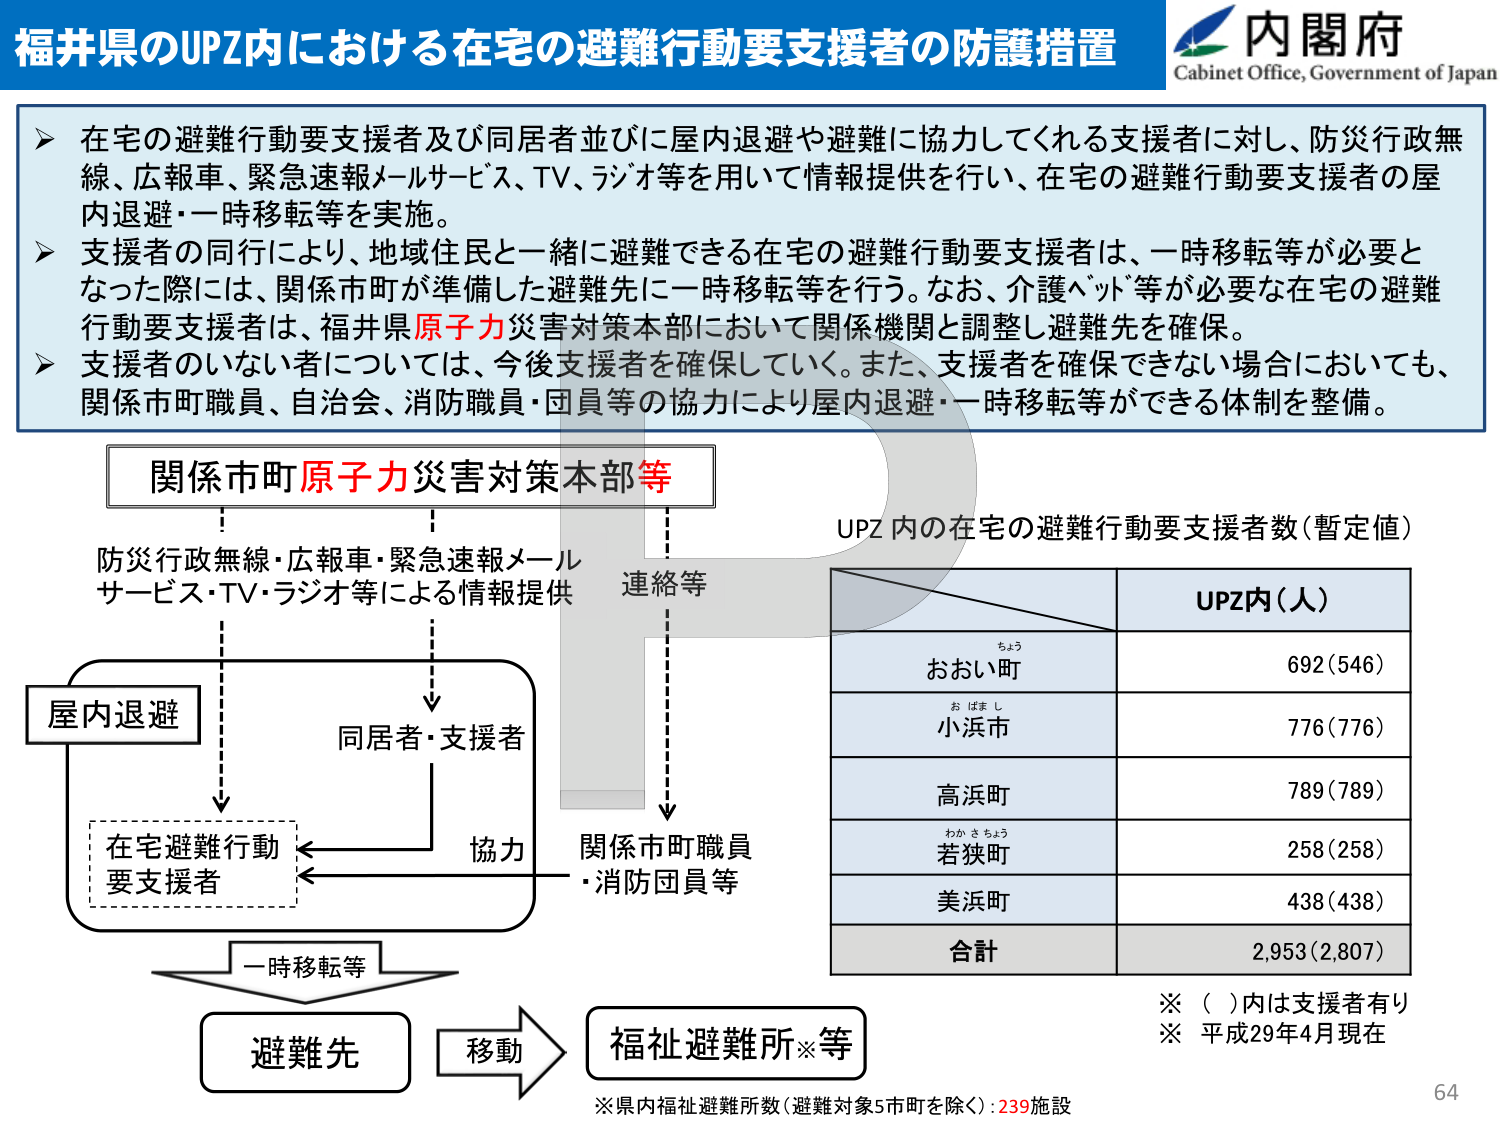
福井県のUPZ内における在宅の避難行動要支援者の防護措置

内閣府
Cabinet Office, Government of Japan

➤ 在宅の避難行動要支援者及び同居者並びに屋内退避や避難に協力してくれる支援者に対し、防災行政無線、広報車、緊急速報メールサービス、TV、ラジオ等を用いて情報提供を行い、在宅の避難行動要支援者の屋内退避・一時移転等を実施。

➤ 支援者の同行により、地域住民と一緒に避難できる在宅の避難行動要支援者は、一時移転等が必要となった際には、関係市町が準備した避難先に一時移転等を行う。なお、介護ベッド等が必要な在宅の避難行動要支援者は、福井県原子力災害対策本部において関係機関と調整し避難先を確保。

➤ 支援者のいない者については、今後支援者を確保していく。また、支援者を確保できない場合においても、関係市町職員、自治会、消防職員・団員等の協力により屋内退避・一時移転等ができる体制を整備。

関係市町原子力災害対策本部等

防災行政無線・広報車・緊急速報メールサービス・TV・ラジオ等による情報提供
連絡等

屋内退避

同居者・支援者

在宅避難行動要支援者

協力

関係市町職員・消防団員等

一時移転等

避難先

移動

福祉避難所※等

※県内福祉避難所数（避難対象5市町を除く）：239施設

UPZ内の在宅の避難行動要支援者数（暫定値）

UPZ内（人）

おおい町
692（546）

小浜市
776（776）

高浜町
789（789）

若狭町
258（258）

美浜町
438（438）

合計
2,953（2,807）

※（ ）内は支援者有り
※ 平成29年4月現在

64